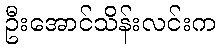
ဦးအောင်သိန်းလင်းက